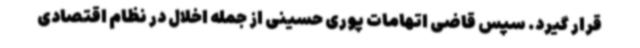
قرار گیرد. سپس قاضی اتهامات پوری حسینی از جمله اخلال در نظام اقتصادی